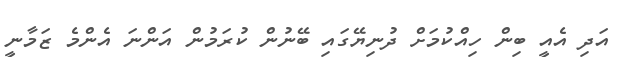
އަދި އެއީ ބިން ހިއްކުމަށް ދުނިޔޭގައި ބޭނުން ކުރަމުން އަންނަ އެންމެ ޒަމާނީ